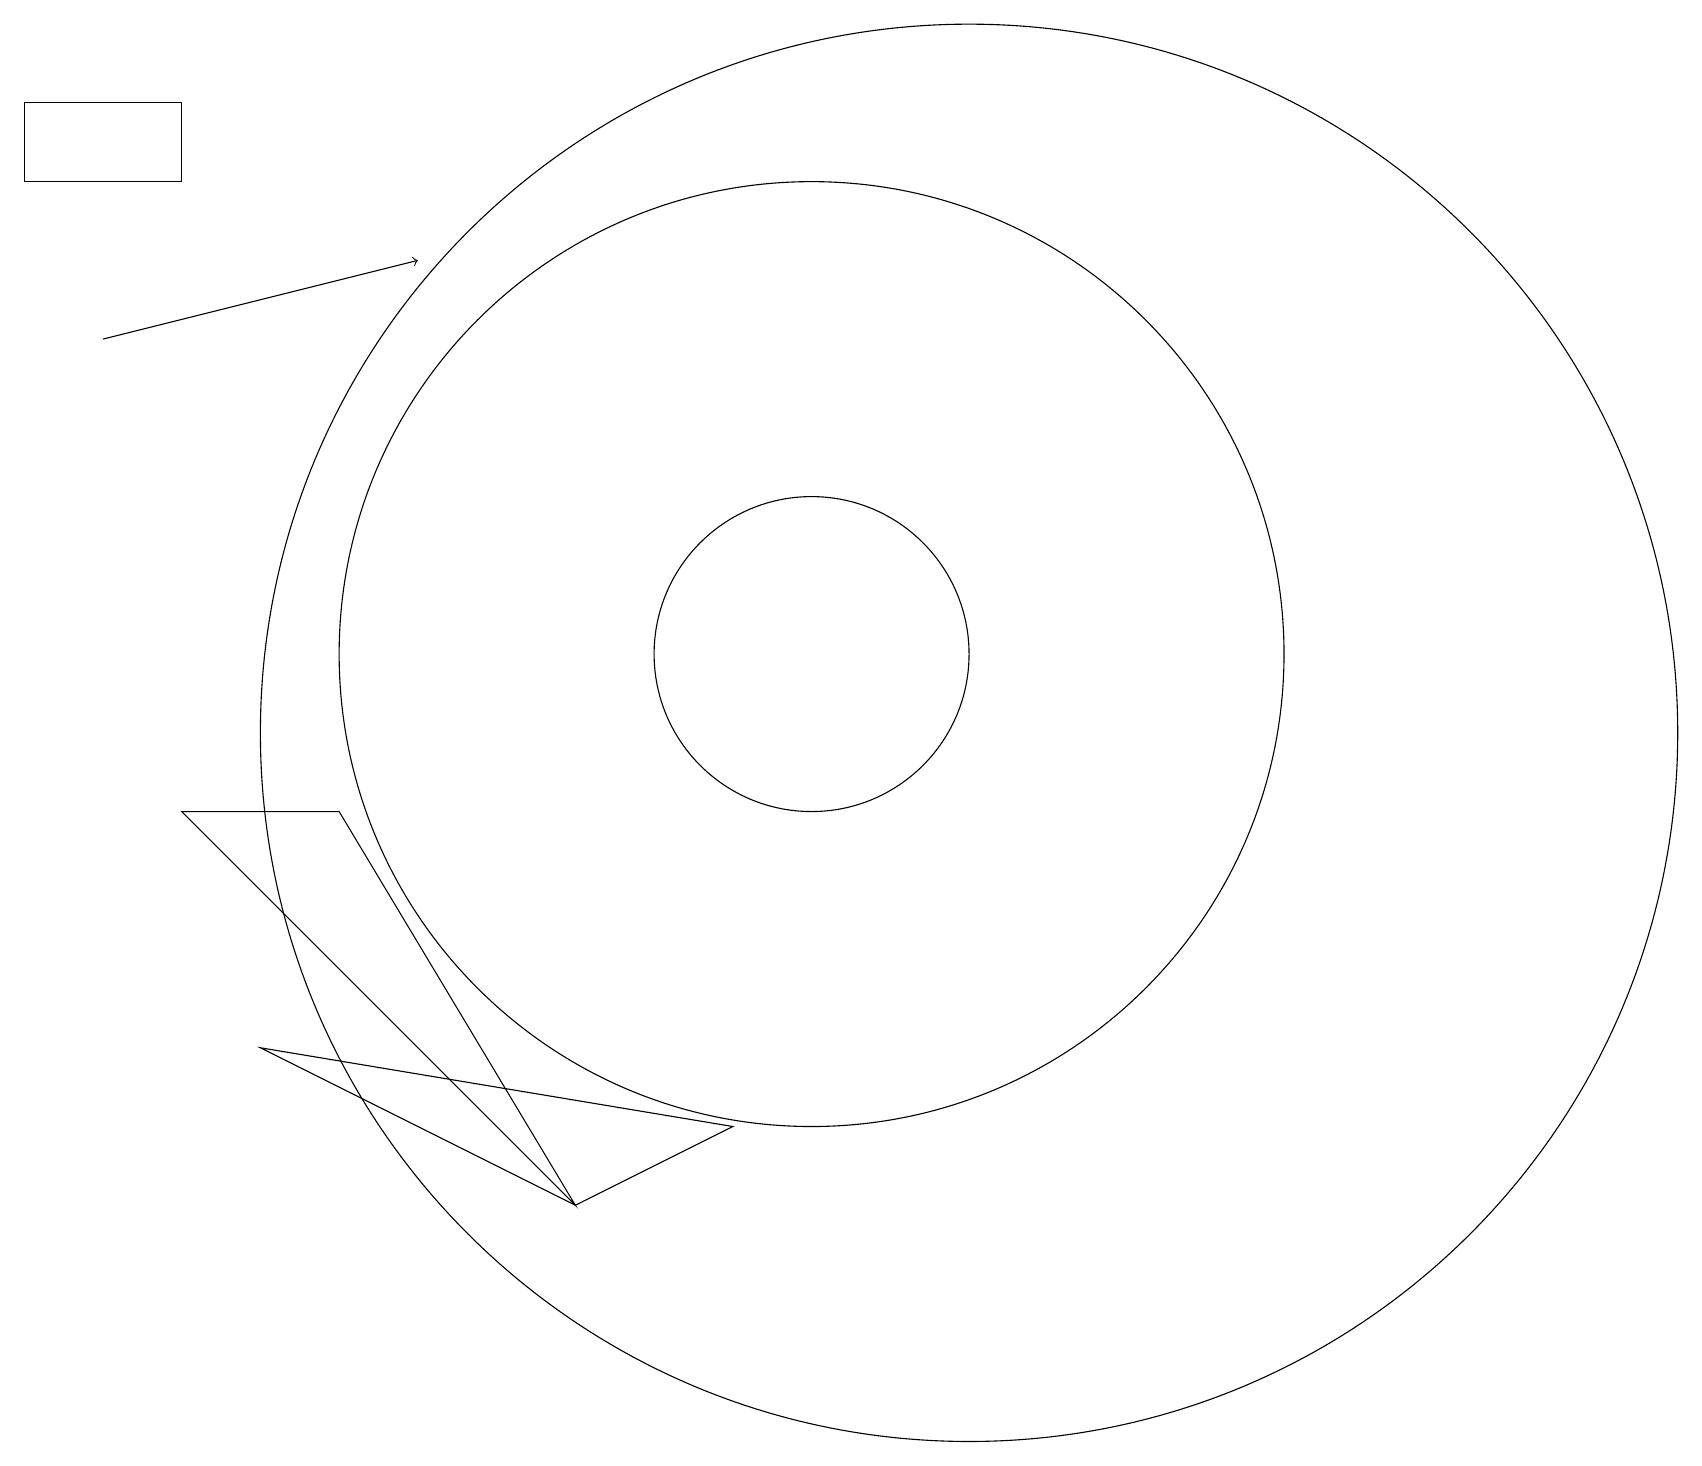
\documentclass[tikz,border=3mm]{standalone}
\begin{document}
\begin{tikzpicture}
\draw (0,17) rectangle (2,18);
\draw (12,10) circle (9);
\draw (3,6) -- (7,4) -- (9,5) -- cycle;
\draw (4,9) -- (2,9) -- (7,4) -- cycle;
\draw (10,11) circle (2);
\draw[->] (1,15) -- (5,16);
\draw (10,11) circle (6);
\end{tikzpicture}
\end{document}